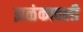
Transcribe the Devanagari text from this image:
झळंकावली